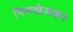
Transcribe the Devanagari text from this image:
निमखेडकर